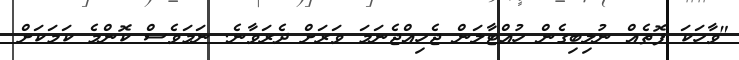
"ވާހަކަ ފޮތެއް ނުލިބިގެން ހުއްޓާލަން ޖެހިއްޖެނަމަ ވަރަށް ދެރަވާނެ. ނަމަވެސް ކޮންމެ ކަމަކަށް